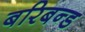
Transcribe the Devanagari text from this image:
बरिबन्ड